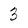
Character: 3